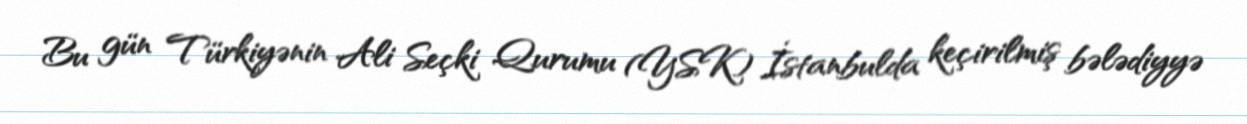
Bu gün Türkiyənin Ali Seçki Qurumu (YSK) İstanbulda keçirilmiş bələdiyyə